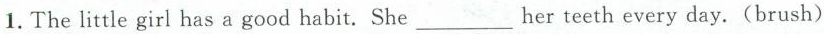
1.The little girl has a good habit. She___her teeth every day.(brush)